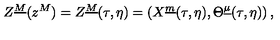
Z ^ { \underline { M } } ( z ^ { M } ) = Z ^ { \underline { M } } ( \tau , \eta ) = \left( X ^ { \underline { m } } ( \tau , \eta ) , \Theta ^ { \underline { \mu } } ( \tau , \eta ) \right) ,